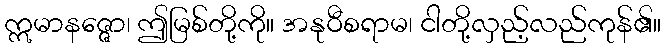
ဣမာနဇ္ဇော၊ ဤမြစ်တို့ကို။ အနုဝီစရာမ၊ ငါတို့လှည့်လည်ကုန်၏။